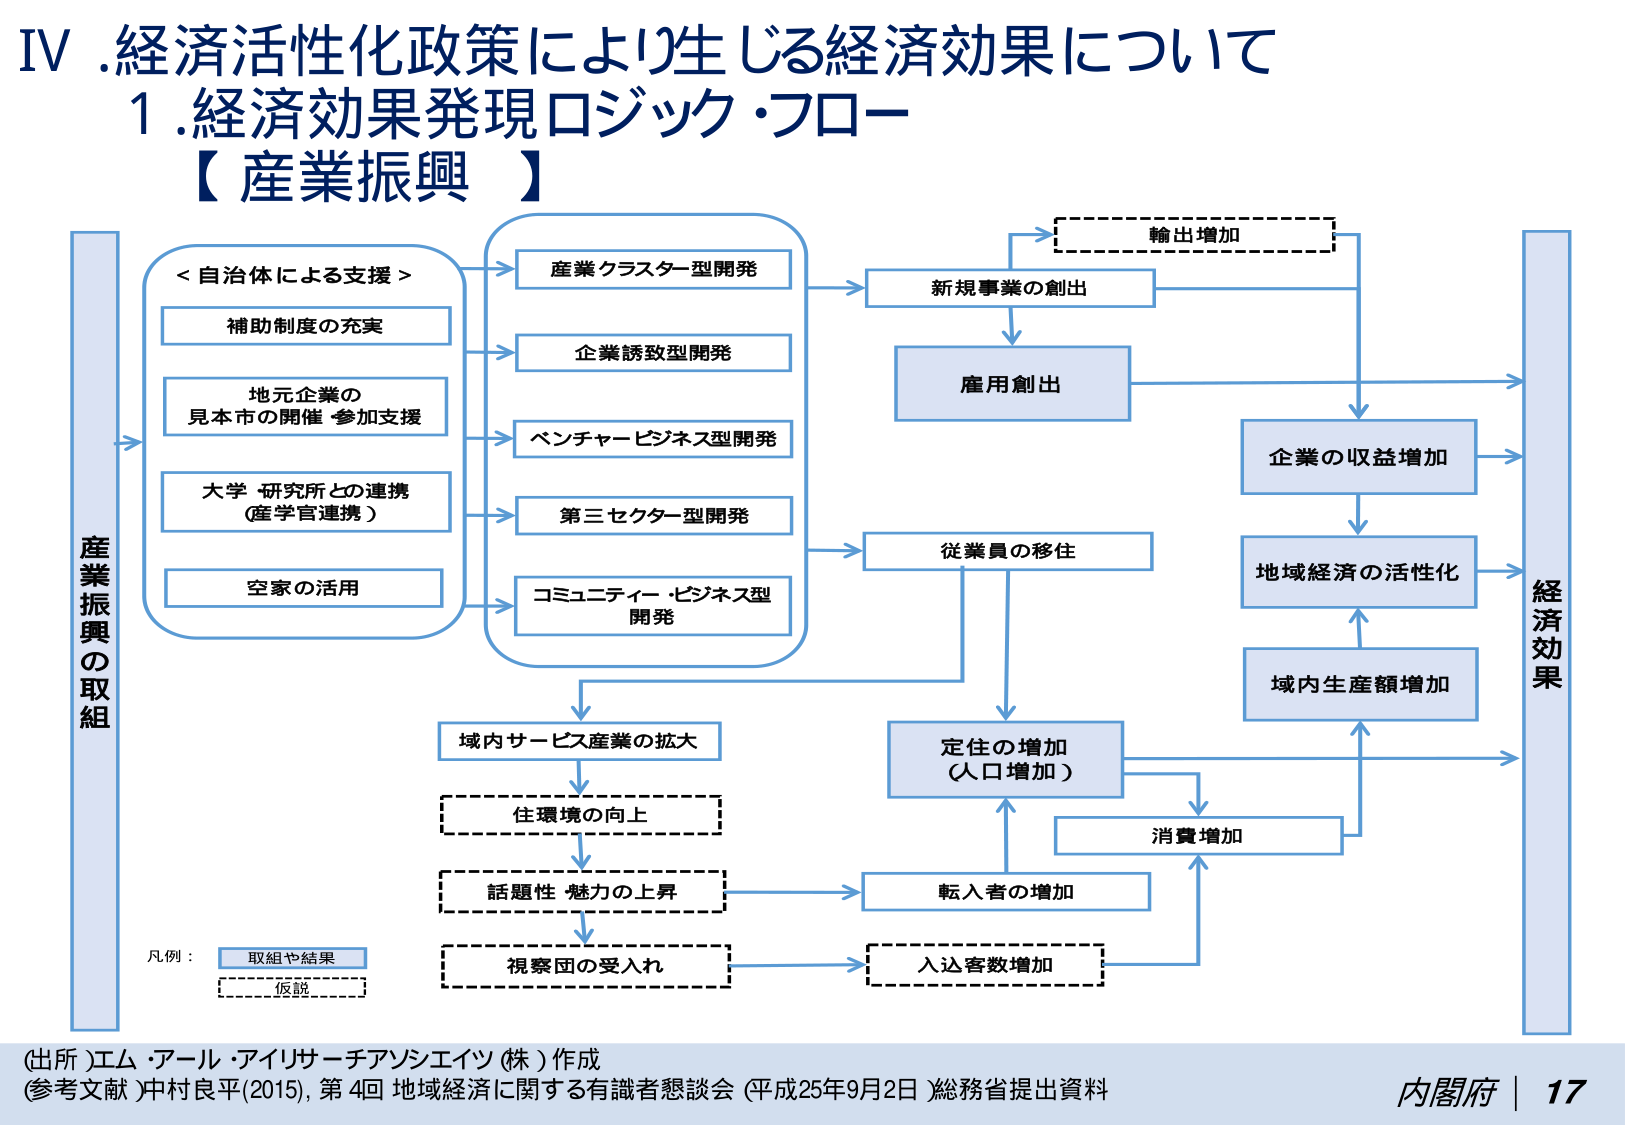
IV. 経済活性化政策により生じる経済効果について
1. 経済効果発現ロジック・フロー
【産業振興】

産業振興の取組

＜自治体による支援＞
補助制度の充実
地元企業の
見本市の開催・参加支援
大学・研究所との連携
（産学官連携）
空家の活用

産業クラスター型開発
企業誘致型開発
ベンチャービジネス型開発
第三セクター型開発
コミュニティ・ビジネス型
開発

新規事業の創出
輸出増加
雇用創出
企業の収益増加
地域経済の活性化
域内生産額増加
経済効果

従業員の移住
域内サービス産業の拡大
住環境の向上
話題性・魅力の上昇
視察団の受入れ
転入者の増加
入込客数増加
消費増加
定住の増加
（人口増加）

凡例：
取組や結果
仮説

（出所）エム・アール・アイリサーチアンジェイツ（株）作成
（参考文献）中村良平（2015），第4回 地域経済に関する有識者懇談会（平成25年9月2日）総務省提出資料
内閣府 | 17